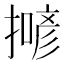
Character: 𢵲